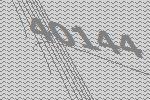
40144